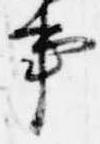
事